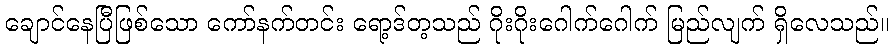
ချောင်နေပြီဖြစ်သော ကော်နက်တင်း ရော့ဒ်တ့သည် ဂိုးဂိုးဂေါက်ဂေါက် မြည်လျက် ရှိလေသည်။